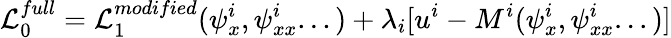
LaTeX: {\cal L}_{0}^{full}={\cal L}_{1}^{modified}(\psi_{x}^{i},\psi_{xx}^{i}...)+\lambda_{i}[u^{i}-M^{i}(\psi_{x}^{i},\psi_{xx}^{i}...)]